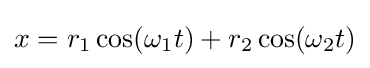
x=r_{1}\cos(\omega _{1}t)+r_{2}\cos(\omega _{2}t)